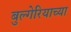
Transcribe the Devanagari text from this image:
बुल्गेरियाच्या